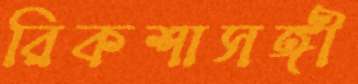
রিকশাসঙ্গী